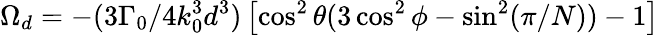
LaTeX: \Omega_{d}=-(3\Gamma_{0}/4k_{0}^{3}d^{3})\left[\cos^{2}\theta(3\cos^{2}\phi-\sin^{2}(\pi/N))-1\right]